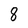
Character: 8